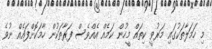
މި ހަމަލާތަކުގައި މަރުވީ ކިތައް މީހުން ކަމެއް އެއްވެސް ފަރާތަކުން ހާމަކޮށްފައެއް ނުވެ